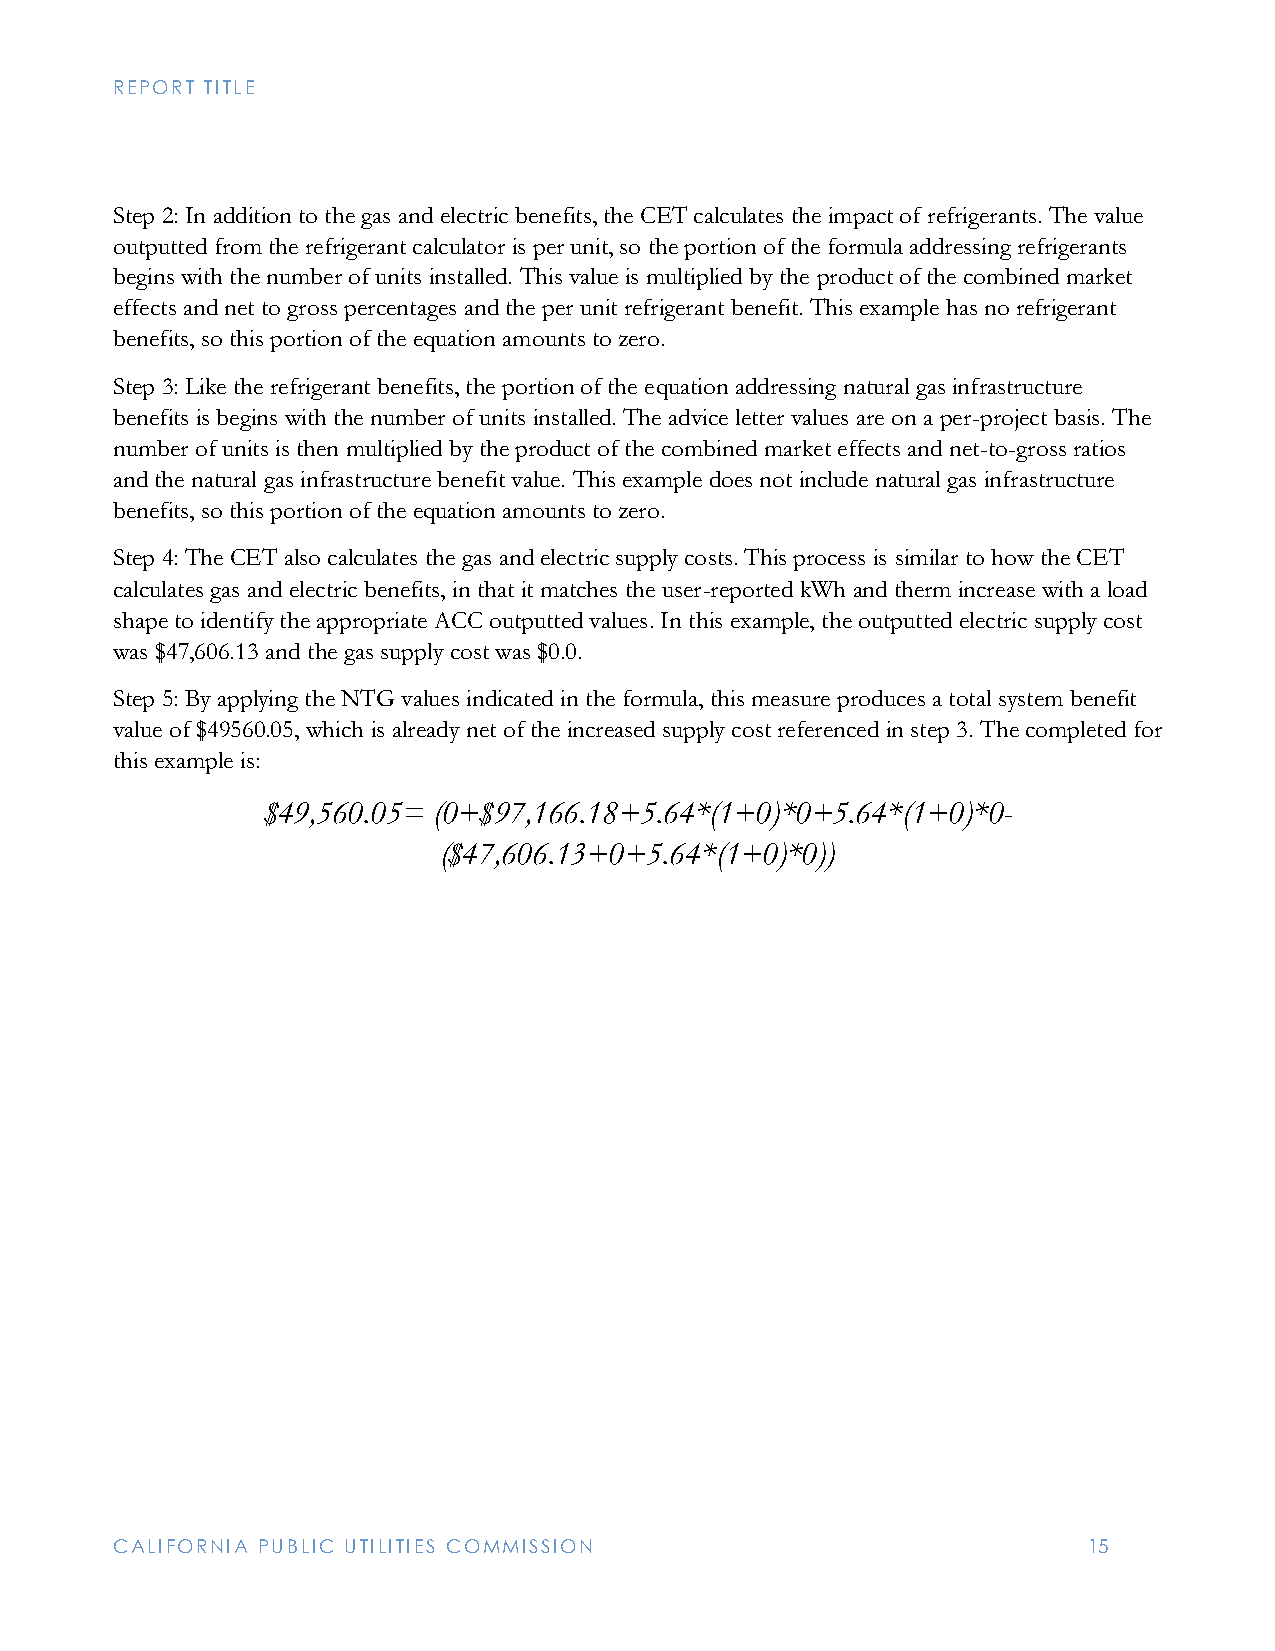
REPORT TITLE
 Step 2: In addition to the gas and electric benefits, the CET calculates the impact of refrigerants. The value
 outputted from the refrigerant calculator is per unit, so the portion of the formula addressing refrigerants
 begins with the number of units installed. This value is multiplied by the product of the combined market
 effects and net to gross percentages and the per unit refrigerant benefit. This example has no refrigerant
 benefits, so this portion of the equation amounts to zero.
 Step 3: Like the refrigerant benefits, the portion of the equation addressing natural gas infrastructure
 benefits is begins with the number of units installed. The advice letter values are on a per-project basis. The
 number of units is then multiplied by the product of the combined market effects and net-to-gross ratios
 and the natural gas infrastructure benefit value. This example does not include natural gas infrastructure
 benefits, so this portion of the equation amounts to zero.
 Step 4: The CET also calculates the gas and electric supply costs. This process is similar to how the CET
 calculates gas and electric benefits, in that it matches the user-reported kWh and therm increase with a load
 shape to identify the appropriate ACC outputted values. In this example, the outputted electric supply cost
 was $47,606.13 and the gas supply cost was $0.0.
 Step 5: By applying the NTG values indicated in the formula, this measure produces a total system benefit
 value of $49560.05, which is already net of the increased supply cost referenced in step 3. The completed for
 this example is:
 $49,560.05= (0+$97,166.18+5.64*(1+0)*0+5.64*(1+0)*0-
 ($47,606.13+0+5.64*(1+0)*0))
 CALIFORNIA PUBLIC UTILITIES COMMISSION                           15